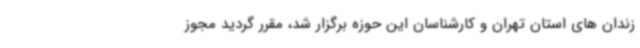
زندان های استان تهران و کارشناسان این حوزه برگزار شد، مقرر گردید مجوز